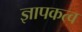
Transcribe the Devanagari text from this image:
ज्ञापकत्व